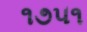
૧૭૫૧